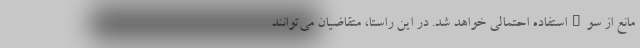
مانع از سوءاستفاده احتمالی خواهد شد. در این راستا، متقاضیان می‌توانند